Report on vaccination proceedings throughout the Government of Bengal -
Year: 1868
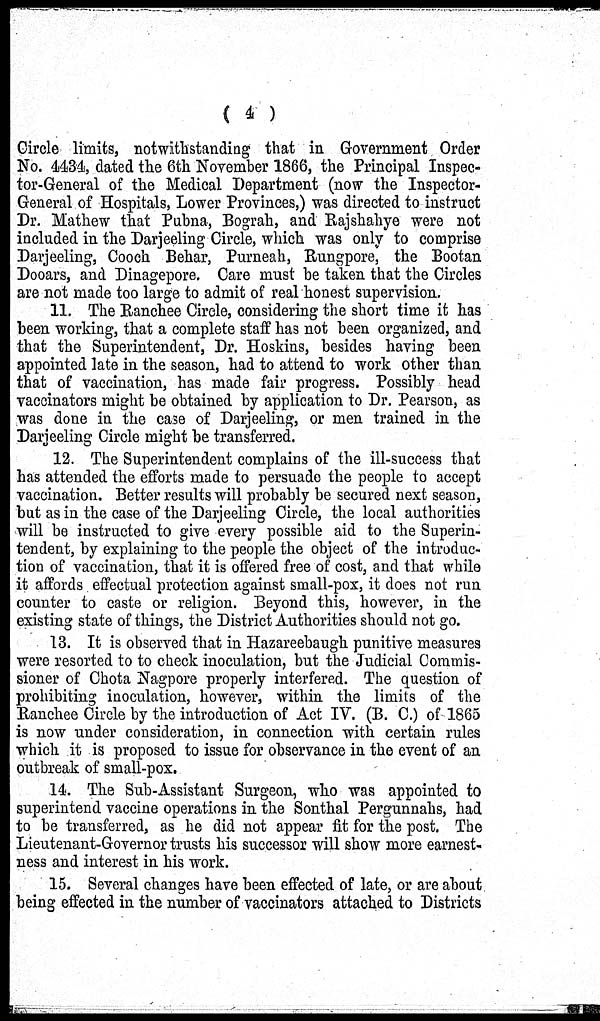
( 4 )
Circle limits, notwithstanding that in Government, Order
No. 4434, dated the 6th November 1866, the Principal Inspec-
tor-General of the Medical Department (now the Inspector-
General of Hospitals, Lower Provinces,) was directed to instruct
Dr. Mathew that Pubna, Bograh, and Rajshahye were not
included in the Darjeeling Circle, which was only to comprise
Darjeeling, Cooch Behar, Purneah, Rungpore, the Bootan
Dooars, and Dinagepore. Care must be taken that the Circles
are not made too large to admit of real honest supervision.
11. The Ranchee Circle, considering the short time it has
been working, that a complete staff has not been organized, and
that the Superintendent, Dr. Hoskins, besides having been
appointed late in the season, had to attend to work other than
that of vaccination, has made fair progress. Possibly head
vaccinators might be obtained by application to Dr. Pearson, as
was done in the case of Darjeeling, or men trained in the
Darjeeling Circle might be transferred.
12. The Superintendent complains of the ill-success that
has attended the efforts made to persuade the people to accept
vaccination. Better results will probably be secured next season,
but as in the case of the Darjeeling Circle, the local authorities
will be instructed to give every possible aid to the Superin-
tendent, by explaining to the people the object of the introduc-
tion of vaccination, that it is offered free of cost, and that while
it affords effectual protection against small-pox, it does not run
counter to caste or religion. Beyond this, however, in the
existing state of things, the District Authorities should not go.
13. It is observed that in Hazareebaugh punitive measures
were resorted to to check inoculation, but the Judicial Commis-
sioner of Chota Nagpore properly interfered. The question of
prohibiting inoculation, however, within the limits of the
Ranchee Circle by the introduction of Act IV. (B. C.) of 1865
is now under consideration, in connection with certain rules
which it is proposed to issue for observance in the event of an
outbreak of small-pox.
14. The Sub-Assistant Surgeon, who was appointed to
superintend vaccine operations in the Sonthal Pergunnahs, had
to be transferred, as he did not appear fit for the post. The
Lieutenant-Governor trusts his successor will show more earnest-
ness and interest in his work.
15. Several changes have been effected of late, or are about
being effected in the number of vaccinators attached to Districts